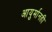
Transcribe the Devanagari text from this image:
आयुर्मानही